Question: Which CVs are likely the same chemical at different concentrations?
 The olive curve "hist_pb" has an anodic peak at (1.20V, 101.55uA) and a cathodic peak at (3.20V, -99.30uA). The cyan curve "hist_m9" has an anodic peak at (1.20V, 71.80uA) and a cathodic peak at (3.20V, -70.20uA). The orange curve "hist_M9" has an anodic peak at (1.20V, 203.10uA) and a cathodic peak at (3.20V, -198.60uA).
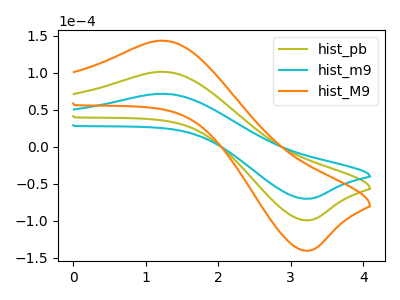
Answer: <think>All the peaks in "hist_pb" have a peak in "hist_m9" at the same potential. Every peak in "hist_pb" is higher than every peak in "hist_m9". All the peaks in "hist_pb" have a peak in "hist_M9" at the same potential. Every peak in "hist_pb" is lower than every peak in "hist_M9". All the peaks in "hist_m9" have a peak in "hist_M9" at the same potential. Every peak in "hist_m9" is lower than every peak in "hist_M9".
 </think>
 <answer>"hist_m9", "hist_pb" and "hist_M9" have the same shape and are likely CV's of the same chemical.</answer>
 <eval>"hist_m9" "hist_pb" "hist_M9"</eval>